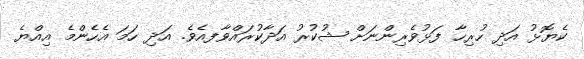
ކެޔޮޅު އަދި ހުރިހާ ފަޅުވެރިންނަށް ޝުކުރު އަދާކުރައްވާފއެވެ. އަދި ހަމަ އެހެންމެ އިއްޔެ